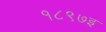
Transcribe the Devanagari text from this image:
१८९७इ